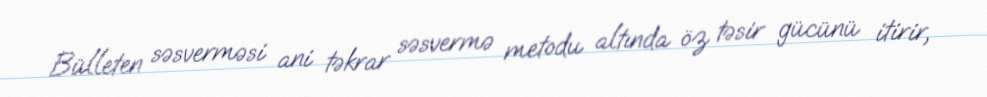
Bülleten səsverməsi ani təkrar səsvermə metodu altında öz təsir gücünü itirir,